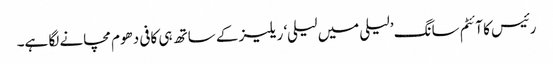
رئیس کا آئٹم سانگ ’لیلی میں لیلی‘ ریلیز کے ساتھ ہی کافی دھوم مچانے لگا ہے۔